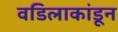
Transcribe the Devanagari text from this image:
वडिलाकांडून